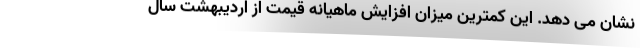
نشان می دهد. این کمترین میزان افزایش ماهیانه قیمت از اردیبهشت سال